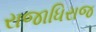
રાજાધિરાજ